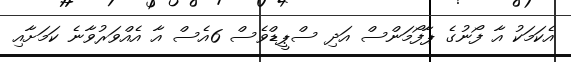
އެކަމަކު އާ ފޯނުގެ ޕާފޯމަންސް އަދި ސްޕީޑްވެސް 6އެސް އާ އެއްވަރުވާނެ ކަމަށާއި